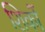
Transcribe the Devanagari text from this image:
शिकों